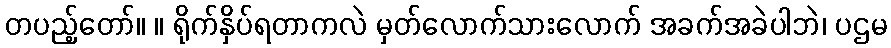
တပည့်တော်။ ။ ရိုက်နှိပ်ရတာကလဲ မှတ်လောက်သားလောက် အခက်အခဲပါဘဲ၊ ပဌမ